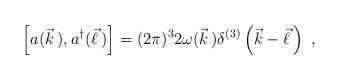
LaTeX: \begin{align*}\left[a(\vec{k}\,),a^\dagger(\vec{\ell}\,)\right]=(2\pi)^32\omega(\vec{k}\,)\delta^{(3)}\left(\vec{k}-\vec{\ell}\,\right)\ ,\end{align*}